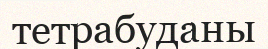
тетрабуданы